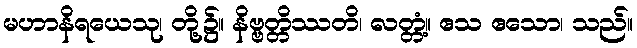
မဟာနိရယေသု၊ တို့၌။ နိဗ္ဗတ္တိဿတိ၊ လတ္တံ့။ ဧသ ဧသော၊ သည်။